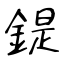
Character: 鍉